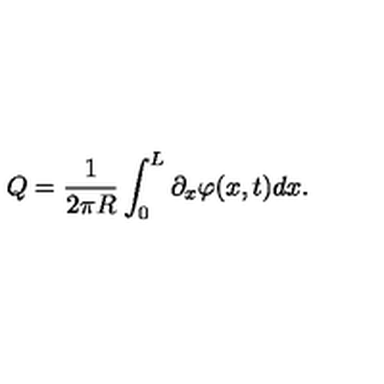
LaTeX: Q = \frac { 1 } { 2 \pi R } \int _ { 0 } ^ { L } \partial _ { x } \varphi ( x , t ) d x .